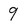
Character: 9